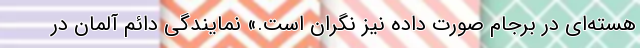
هسته‌ای در برجام صورت داده نیز نگران است.» نمایندگی دائم آلمان در